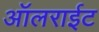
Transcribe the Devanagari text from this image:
ऑलराईट